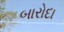
બારોદા